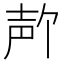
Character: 𪤲